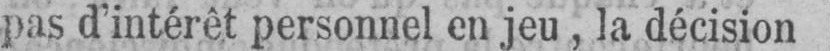
pas d’intérêt personnel en jeu, la décision